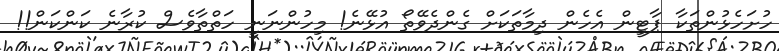
ހުށަހެޅުންތަކާ ޕާޓީން އެހެން ދިމާތަކަށް ގެންދެވޭތޯ އުޅޭނެ! މިހުންނަނީ ހަތްތާވެސް ކުރާނެ ކަންކަން!!